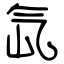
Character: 氙